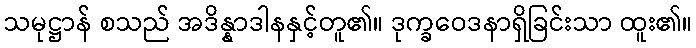
သမုဋ္ဌာန် စသည် အဒိန္နာဒါနနှင့်တူ၏။ ဒုက္ခဝေဒနာရှိခြင်းသာ ထူး၏။